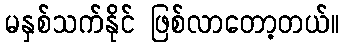
မနှစ်သက်နိုင် ဖြစ်လာတော့တယ်။